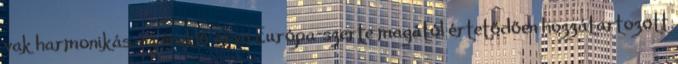
vak harmonikás, az éneklő árva Európa-szerte magától értetődően hozzátartozott